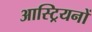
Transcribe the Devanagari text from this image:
आस्ट्रियनों